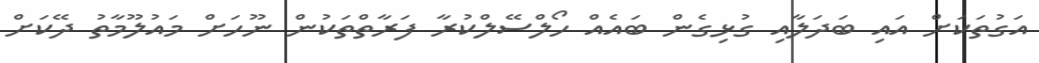
އަގުތަކަށް އައި ބަދަލާއި ގުޅިގެން ބައެއް ހޯލްސޭލްކުރާ ފަރާތްތަކުން ނޫހަށް މައުލޫމާތު ދޭކަށް